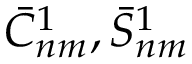
{ \bar { C } } _ { n m } ^ { 1 } , { \bar { S } } _ { n m } ^ { 1 }